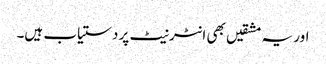
اور یہ مشقیں بھی انٹرنیٹ پر دستیاب ہیں۔